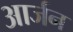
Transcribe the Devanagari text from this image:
आर्जन